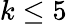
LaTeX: k\leq 5